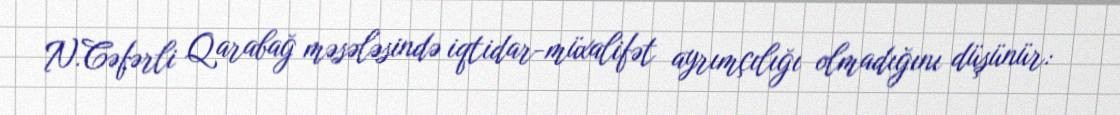
N.Cəfərli Qarabağ məsələsində iqtidar-müxalifət ayrımçılığı olmadığını düşünür: